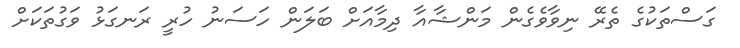
ގަސްތަކުގެ ތެރޭ ނިވާވެގެން މަންޝާއާ ދިމާއަށް ބަލަން ހަސަނު ހުރީ ރަނގަޅު ވަގުތަކަށް